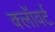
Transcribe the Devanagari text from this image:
क्लॉवर्ट